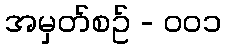
အမှတ်စဥ် - ၀၀၁